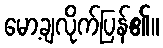
မော့ချလိုက်ပြန်၏။